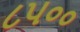
૮૫૦૦